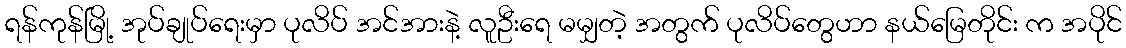
ရန်ကုန်မြို့ အုပ်ချုပ်ရေးမှာ ပုလိပ် အင်အားနဲ့ လူဦးရေ မမျှတဲ့ အတွက် ပုလိပ်တွေဟာ နယ်မြေတိုင်း က အပိုင်